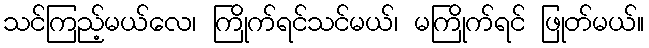
သင်ကြည့်မယ်လေ၊ ကြိုက်ရင်သင်မယ်၊ မကြိုက်ရင် ဖြုတ်မယ်။